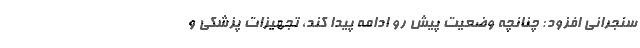
سنجرانی افزود: چنانچه وضعیت پیش رو ادامه پیدا کند، تجهیزات پزشکی و